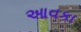
આવકા